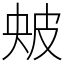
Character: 㿮